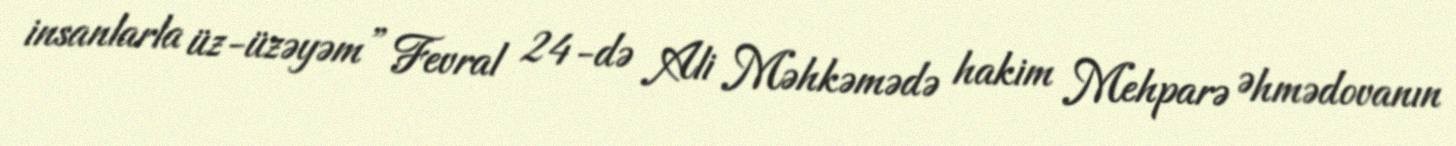
insanlarla üz-üzəyəm” Fevral 24-də Ali Məhkəmədə hakim Mehparə Əhmədovanın